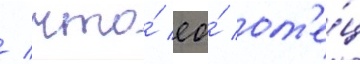
/ что́ ео́ от'е́ц